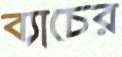
ব্যাচের